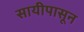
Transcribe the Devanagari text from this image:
सायीपासून